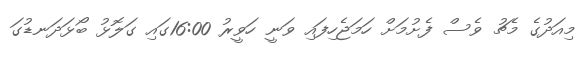
މިއަދުގެ މެޗު ވެސް ފެށުމަށް ހަމަޖެހިފައި ވަނީ ހަވީރު 16:00ގައި ގަލޮޅު ބޯޅަދަނޑުގަ